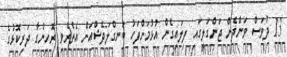
13 ދުވަސް ވަންދެން ޖަންގަލީގައި ފިލައިގެން އުޅުމަށްފަހު ބަނގްލަދޭޝްއަށް އެތެރެވި ރޮހިންގާ ދަރިކޮޅުގެ